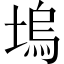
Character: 塢